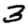
Digit: 3